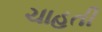
ચાહતી